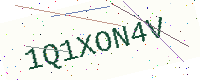
Text: 1Q1XON4V